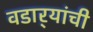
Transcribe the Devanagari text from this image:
वडार्‍यांची